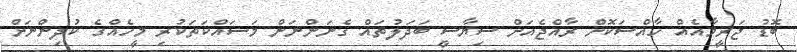
ބޮޑު ޖަރީމާއެއް ހާއްސަކޮށް ރާއްޖެއަށް ސިޔާސީ ބަދަލުތައް ގެނަންނަން މަސައްކަތަކުރި މީހެއްގެ ކުދިންނަށް